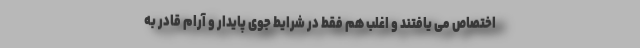
اختصاص می یافتند و اغلب هم فقط در شرایط جوی پایدار و آرام قادر به